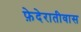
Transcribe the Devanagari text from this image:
फ़ेदेरातीवास